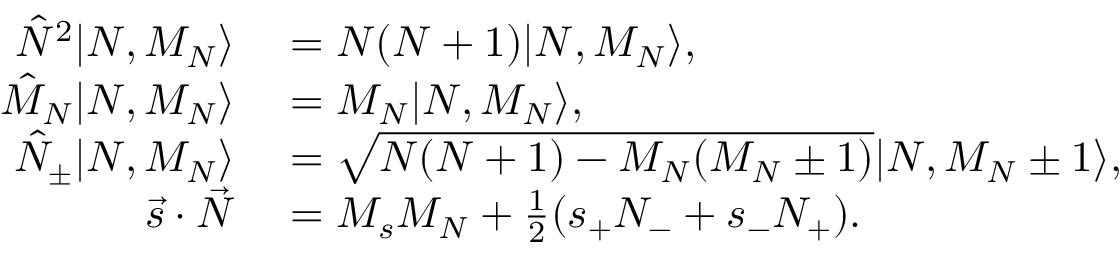
\begin{array} { r l } { \hat { N } ^ { 2 } | N , M _ { N } \rangle } & { { } = N ( N + 1 ) | N , M _ { N } \rangle , } \\ { \hat { M } _ { N } | N , M _ { N } \rangle } & { { } = M _ { N } | N , M _ { N } \rangle , } \\ { \hat { N } _ { \pm } | N , M _ { N } \rangle } & { { } = \sqrt { N ( N + 1 ) - M _ { N } ( M _ { N } \pm 1 ) } | N , M _ { N } \pm 1 \rangle , } \\ { \vec { s } \cdot \vec { N } } & { { } = M _ { s } M _ { N } + \frac { 1 } { 2 } ( s _ { + } N _ { - } + s _ { - } N _ { + } ) . } \end{array}